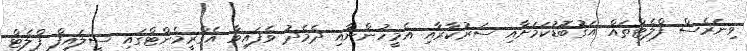
ވިނަރެސް ފްލެޓްތައް އަގުބޮޑުކަމަށާއި ސަރުކާރާއި އެމީހުންނާއި ދެމެދު ވެފައިވާ އެގްރީމެންޓްގައި ސީލައިފް ފްލެޓް